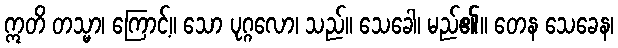
ဣတိ တသ္မာ၊ ကြောင့်။ သော ပုဂ္ဂလော၊ သည်။ သေခေါ၊ မည်၏။ တေန သေခေန၊